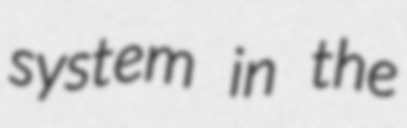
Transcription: system in the